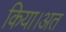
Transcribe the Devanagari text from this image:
किया।अत